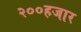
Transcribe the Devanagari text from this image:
२००हजार